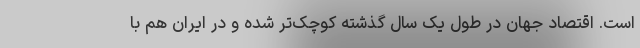
است. اقتصاد جهان در طول یک سال گذشته کوچک‌تر شده و در ایران هم با